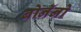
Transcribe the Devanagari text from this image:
बोनॅनो